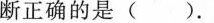
断正确的是( )。